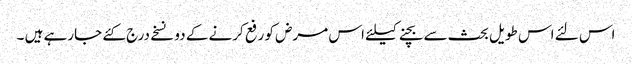
اس لئے اس طویل بحث سے بچنے کیلئے اس مرض کو رفع کرنے کے دو نسخے درج کئے جارہے ہیں ۔